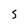
Character: S